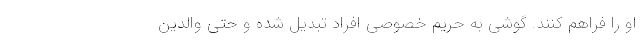
او را فراهم کنند. گوشی به حریم خصوصی افراد تبدیل شده و حتی والدین